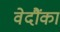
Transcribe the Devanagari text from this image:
वेदौंका